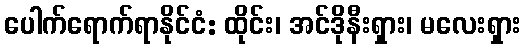
ပေါက်ရောက်ရာနိုင်ငံ: ထိုင်း၊ အင်ဒိုနီးရှား၊ မလေးရှား